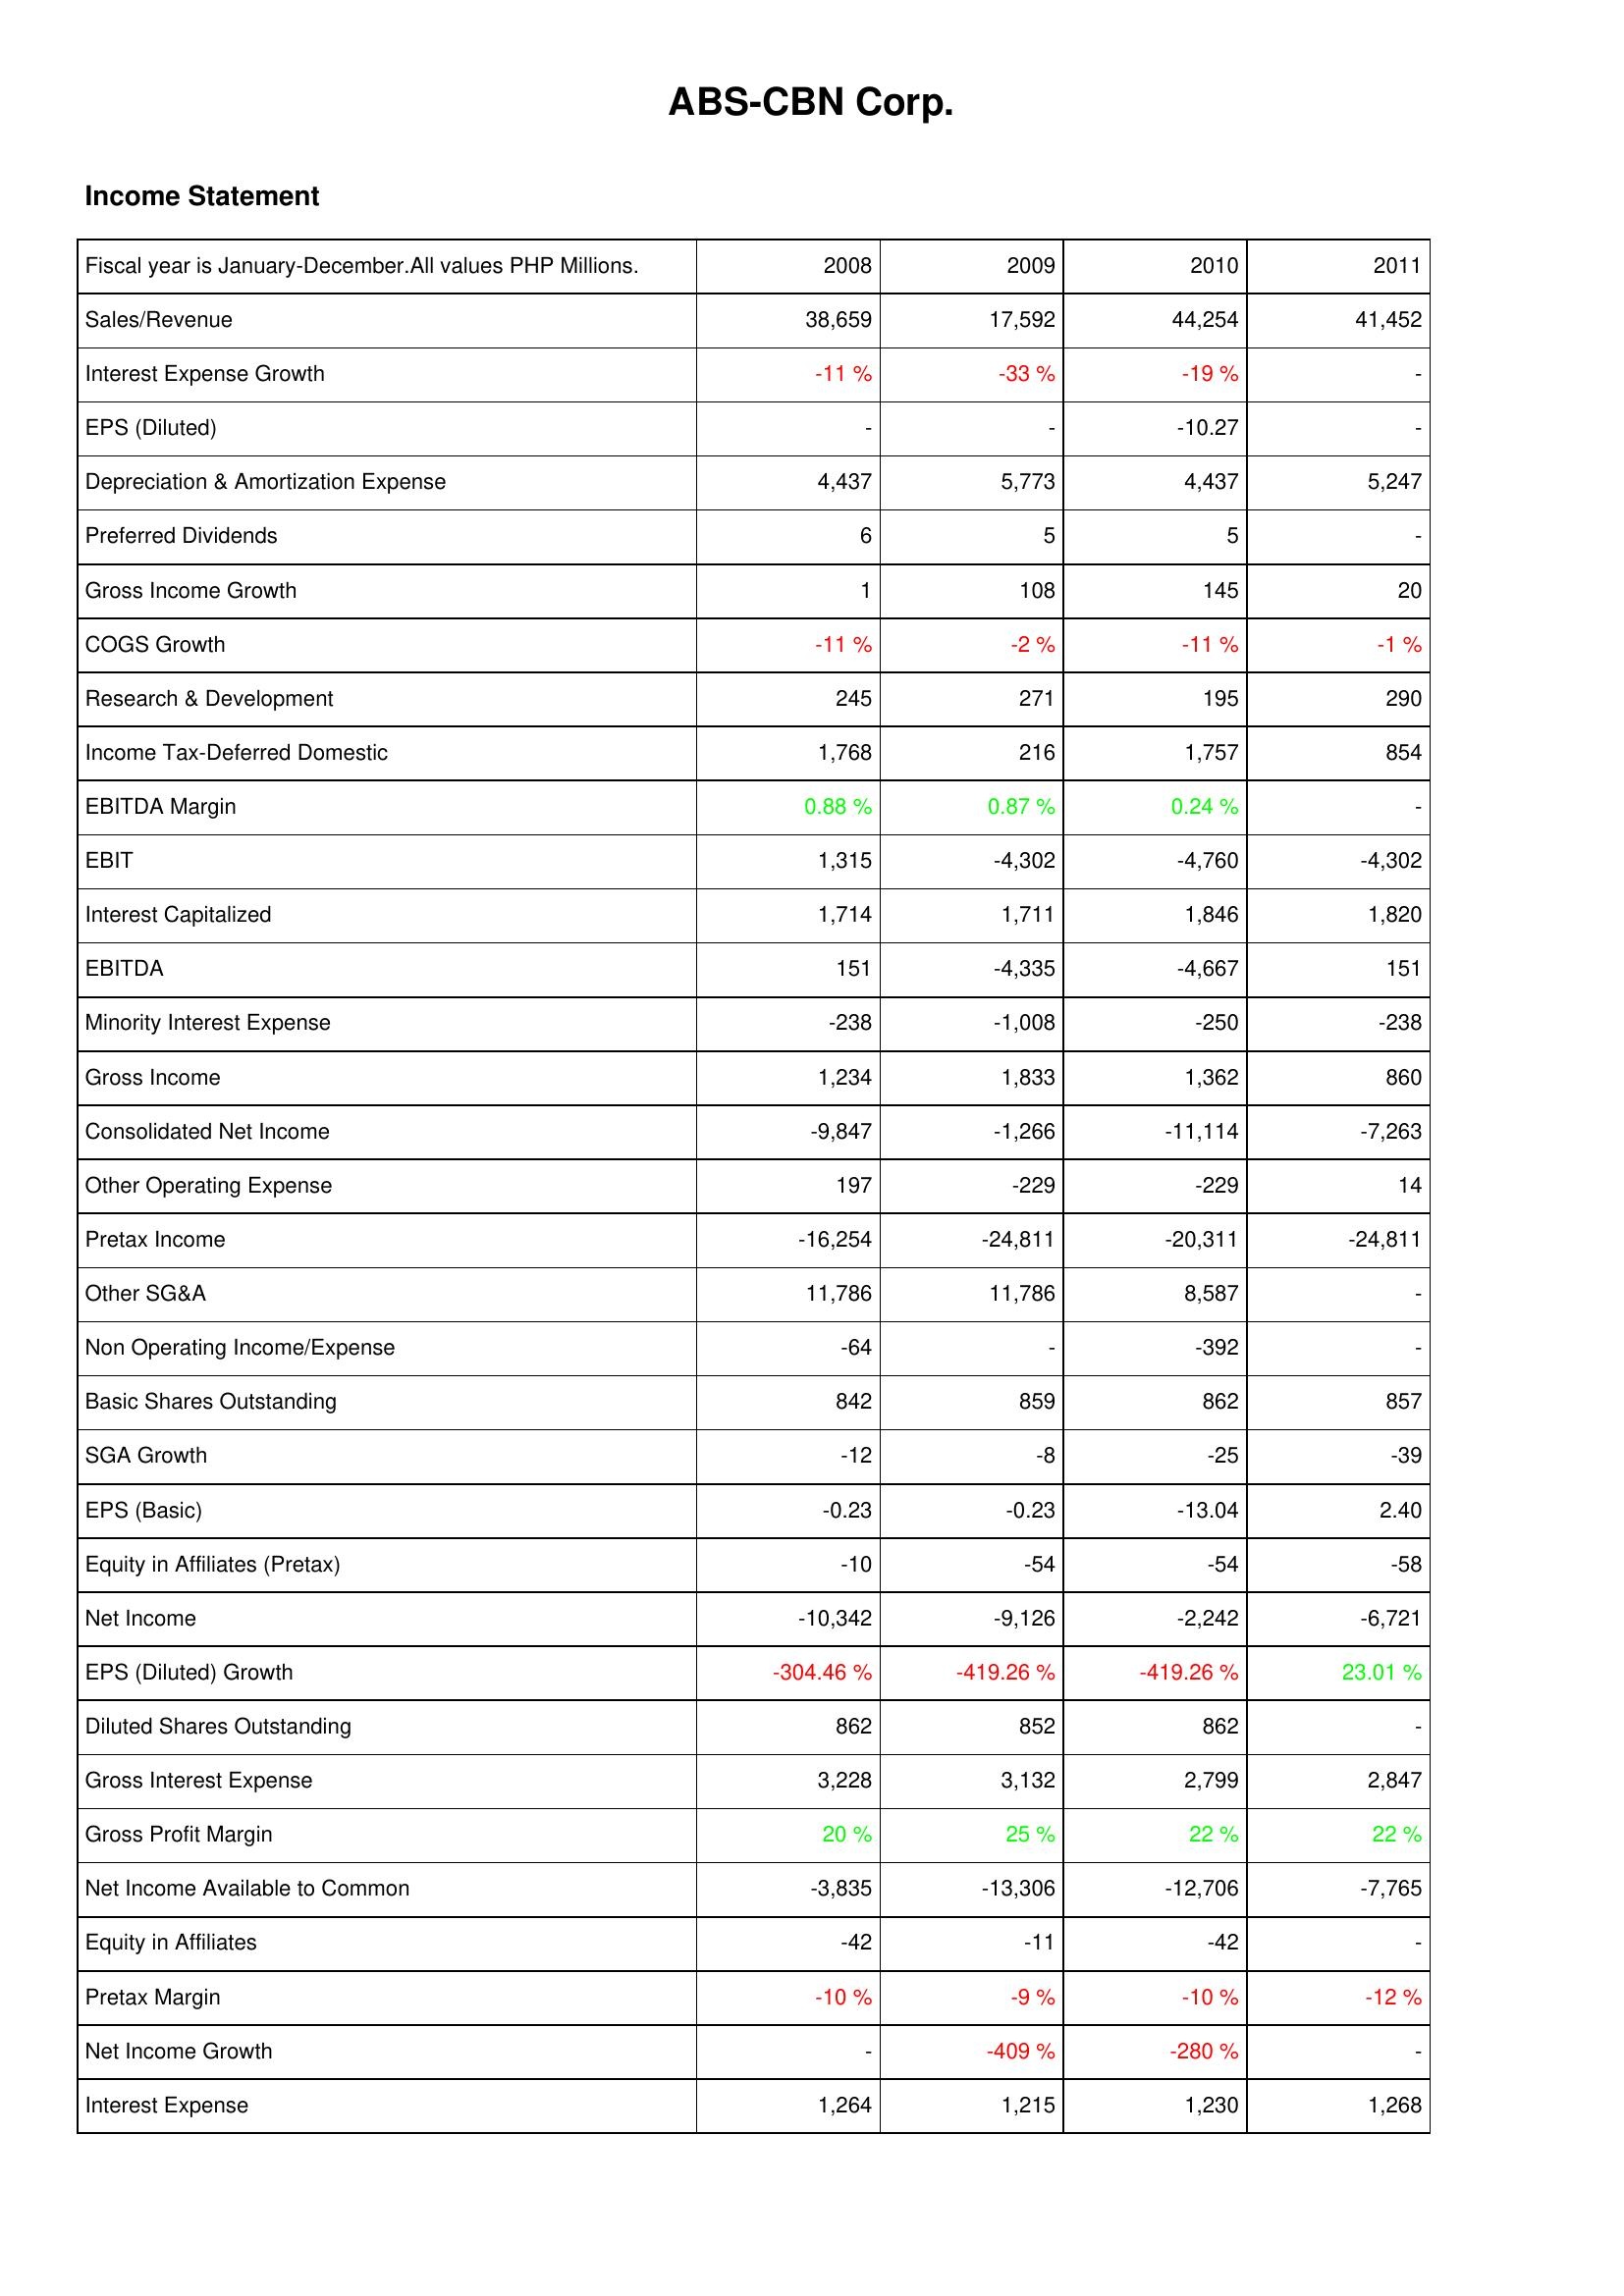
2008: Income Statement: Sales/Revenue: 38,659
Interest Expense Growth: -11 %
EPS (Diluted): -
Depreciation & Amortization Expense: 4,437
Preferred Dividends: 6
Gross Income Growth: 1
COGS Growth: -11 %
Research & Development: 245
Income Tax-Deferred Domestic: 1,768
EBITDA Margin: 0.88 %
EBIT: 1,315
Interest Capitalized: 1,714
EBITDA: 151
Minority Interest Expense: -238
Gross Income: 1,234
Consolidated Net Income: -9,847
Other Operating Expense: 197
Pretax Income: -16,254
Other SG&A: 11,786
Non Operating Income/Expense: -64
Basic Shares Outstanding: 842
SGA Growth: -12
EPS (Basic): -0.23
Equity in Affiliates (Pretax): -10
Net Income: -10,342
EPS (Diluted) Growth: -304.46 %
Diluted Shares Outstanding: 862
Gross Interest Expense: 3,228
Gross Profit Margin: 20 %
Net Income Available to Common: -3,835
Equity in Affiliates: -42
Pretax Margin: -10 %
Net Income Growth: -
Interest Expense: 1,264
2009: Income Statement: Sales/Revenue: 17,592
Interest Expense Growth: -33 %
EPS (Diluted): -
Depreciation & Amortization Expense: 5,773
Preferred Dividends: 5
Gross Income Growth: 108
COGS Growth: -2 %
Research & Development: 271
Income Tax-Deferred Domestic: 216
EBITDA Margin: 0.87 %
EBIT: -4,302
Interest Capitalized: 1,711
EBITDA: -4,335
Minority Interest Expense: -1,008
Gross Income: 1,833
Consolidated Net Income: -1,266
Other Operating Expense: -229
Pretax Income: -24,811
Other SG&A: 11,786
Non Operating Income/Expense: -
Basic Shares Outstanding: 859
SGA Growth: -8
EPS (Basic): -0.23
Equity in Affiliates (Pretax): -54
Net Income: -9,126
EPS (Diluted) Growth: -419.26 %
Diluted Shares Outstanding: 852
Gross Interest Expense: 3,132
Gross Profit Margin: 25 %
Net Income Available to Common: -13,306
Equity in Affiliates: -11
Pretax Margin: -9 %
Net Income Growth: -409 %
Interest Expense: 1,215
2010: Income Statement: Sales/Revenue: 44,254
Interest Expense Growth: -19 %
EPS (Diluted): -10.27
Depreciation & Amortization Expense: 4,437
Preferred Dividends: 5
Gross Income Growth: 145
COGS Growth: -11 %
Research & Development: 195
Income Tax-Deferred Domestic: 1,757
EBITDA Margin: 0.24 %
EBIT: -4,760
Interest Capitalized: 1,846
EBITDA: -4,667
Minority Interest Expense: -250
Gross Income: 1,362
Consolidated Net Income: -11,114
Other Operating Expense: -229
Pretax Income: -20,311
Other SG&A: 8,587
Non Operating Income/Expense: -392
Basic Shares Outstanding: 862
SGA Growth: -25
EPS (Basic): -13.04
Equity in Affiliates (Pretax): -54
Net Income: -2,242
EPS (Diluted) Growth: -419.26 %
Diluted Shares Outstanding: 862
Gross Interest Expense: 2,799
Gross Profit Margin: 22 %
Net Income Available to Common: -12,706
Equity in Affiliates: -42
Pretax Margin: -10 %
Net Income Growth: -280 %
Interest Expense: 1,230
2011: Income Statement: Sales/Revenue: 41,452
Interest Expense Growth: -
EPS (Diluted): -
Depreciation & Amortization Expense: 5,247
Preferred Dividends: -
Gross Income Growth: 20
COGS Growth: -1 %
Research & Development: 290
Income Tax-Deferred Domestic: 854
EBITDA Margin: -
EBIT: -4,302
Interest Capitalized: 1,820
EBITDA: 151
Minority Interest Expense: -238
Gross Income: 860
Consolidated Net Income: -7,263
Other Operating Expense: 14
Pretax Income: -24,811
Other SG&A: -
Non Operating Income/Expense: -
Basic Shares Outstanding: 857
SGA Growth: -39
EPS (Basic): 2.40
Equity in Affiliates (Pretax): -58
Net Income: -6,721
EPS (Diluted) Growth: 23.01 %
Diluted Shares Outstanding: -
Gross Interest Expense: 2,847
Gross Profit Margin: 22 %
Net Income Available to Common: -7,765
Equity in Affiliates: -
Pretax Margin: -12 %
Net Income Growth: -
Interest Expense: 1,268